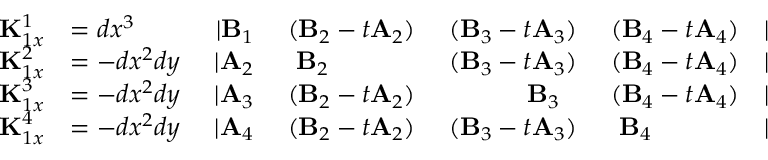
\begin{array} { r l r l r l r } { { \bf K } _ { 1 x } ^ { 1 } } & { = d x ^ { 3 } ~ } & { \vert { \bf B } _ { 1 } } & { ~ ( { \bf B } _ { 2 } - t { \bf A } _ { 2 } ) } & { ~ ( { \bf B } _ { 3 } - t { \bf A } _ { 3 } ) } & { ~ ( { \bf B } _ { 4 } - t { \bf A } _ { 4 } ) } & { \vert } \\ { { \bf K } _ { 1 x } ^ { 2 } } & { = - d x ^ { 2 } d y ~ } & { \vert { \bf A } _ { 2 } } & { ~ ~ { \bf B } _ { 2 } ~ ~ } & { ~ ( { \bf B } _ { 3 } - t { \bf A } _ { 3 } ) } & { ~ ( { \bf B } _ { 4 } - t { \bf A } _ { 4 } ) } & { \vert } \\ { { \bf K } _ { 1 x } ^ { 3 } } & { = - d x ^ { 2 } d y ~ } & { \vert { \bf A } _ { 3 } } & { ~ ( { \bf B } _ { 2 } - t { \bf A } _ { 2 } ) } & { ~ ~ { \bf B } _ { 3 } ~ ~ } & { ~ ( { \bf B } _ { 4 } - t { \bf A } _ { 4 } ) } & { \vert } \\ { { \bf K } _ { 1 x } ^ { 4 } } & { = - d x ^ { 2 } d y ~ } & { \vert { \bf A } _ { 4 } } & { ~ ( { \bf B } _ { 2 } - t { \bf A } _ { 2 } ) } & { ~ ( { \bf B } _ { 3 } - t { \bf A } _ { 3 } ) } & { ~ ~ { \bf B } _ { 4 } ~ ~ } & { \vert } \end{array}